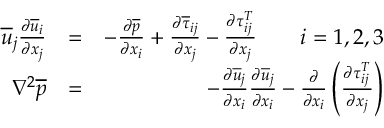
\begin{array} { r l r } { \overline { { u } } _ { j } \frac { \partial \overline { { u } } _ { i } } { \partial x _ { j } } } & { = } & { - \frac { \partial \overline { { p } } } { \partial x _ { i } } + \frac { \partial \overline { { \tau } } _ { i j } } { \partial x _ { j } } - \frac { \partial \tau _ { i j } ^ { T } } { \partial x _ { j } } \qquad i = 1 , 2 , 3 } \\ { \nabla ^ { 2 } \overline { { p } } } & { = } & { - \frac { \partial \overline { { u } } _ { j } } { \partial x _ { i } } \frac { \partial \overline { { u } } _ { j } } { \partial x _ { i } } - \frac { \partial } { \partial x _ { i } } \left( \frac { \partial \tau _ { i j } ^ { T } } { \partial x _ { j } } \right) } \end{array}